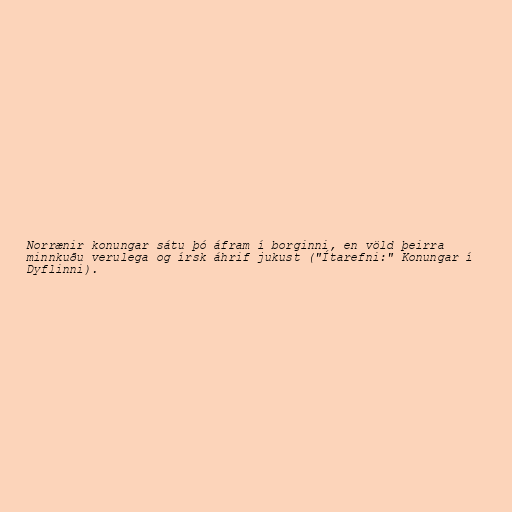
Norrænir konungar sátu þó áfram í borginni, en völd þeirra
minnkuðu verulega og írsk áhrif jukust ("Ítarefni:" Konungar í
Dyflinni).